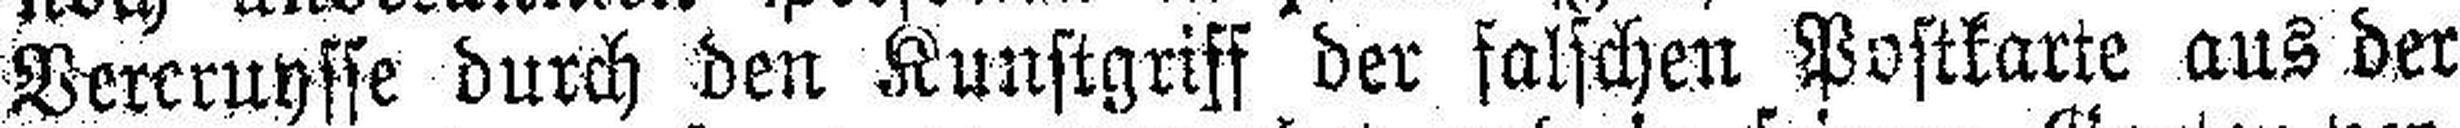
Vercruysse durch den Kunstgriff der falschen Postkarte aus der